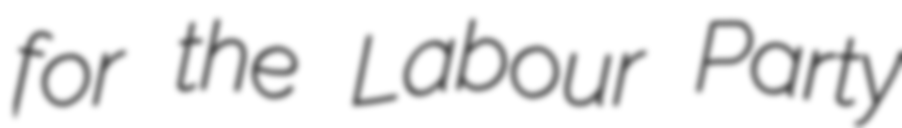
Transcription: for the Labour Party